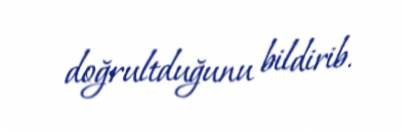
doğrultduğunu bildirib.